Insane asylums in Bengal annual reports 1867-1875 - 1867-1875
Year: 1867
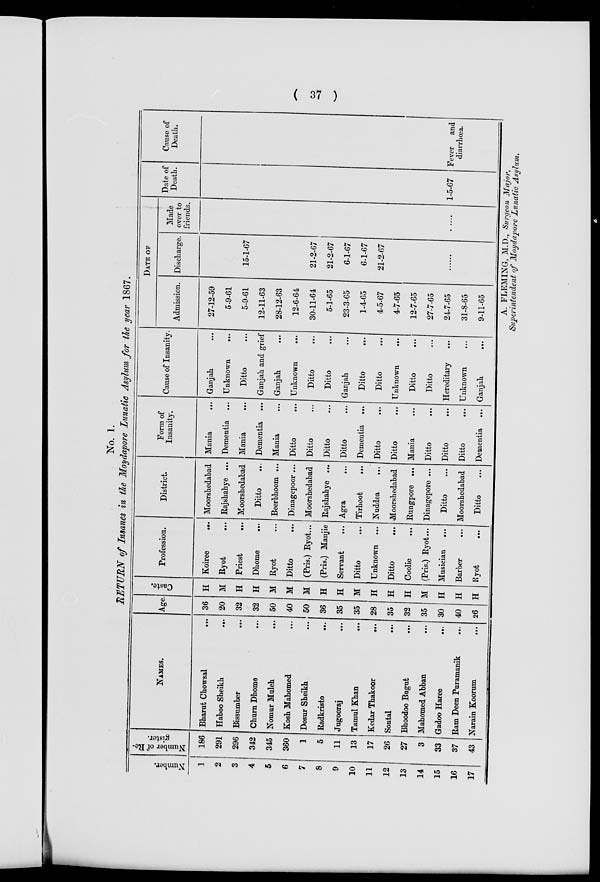
37
No. 1.
RETURN of Insanes in the Moydapore Lunatic Asylum for the year 1867.
Number.
1
2
3
4
5
6
7
8
9
10
11
12
13
14
15
16
17
Number of Re-
gister.
186
291
296
342
345
360
1
5
11
13
17
26
27
3
33
37
43
NAMES.
Bharut Chowsal
...
Haboo Sheikh
...
Bissumber
...
Churn Dhome
...
Nomur Muleh
...
Kosh Mahomed
...
Dosur Sheikh...
Radkristo
...
Jugooraj
...
Tamul Khan
...
Kedar Thakoor
...
Sontal
...
Bhoodoo Bugut
...
Mahomed Abban
...
Gadoo Haree
...
Ram Deen Puramanik
...
Narain Koorum
...
Age.
36
20
32
32
50
40
50
36
35
35
28
35
32
35
30
40
26
Caste.
H
M
H
H
M
M
M
H
H
M
H
H
H
M
H
H
H
Profession.
Koiree
...
Ryot
...
Priest
...
Dhome
...
Ryot ...
Ditto
...
(Pris.) Ryot...
(Pris.) Manjie
Servant
...
Ditto
...
Unknown ...
Ditto
...
Coolie
...
(Pris.) Ryot...
Musician ...
Barber
...
Ryot
...
District.
Moorshedabad
Rajshahye ...
Moorshedabad
Ditto
...
Beerbhoom ...
Dinagepoor ...
Moorshedabad
Rajshahye ...
Agra ...
Tirhoot
...
Nuddea
...
Moorshedabad
Rungpore ...
Dinagepore ...
Ditto ...
Moorshedabad
Ditto
...
Form of
Insanity.
Mania
...
Dementia ...
Mania
...
Dementia ...
Mania ...
Ditto
...
Ditto ...
Ditto
...
Ditto ...
Dementia ...
Ditto
...
Ditto ...
Mania
...
Ditto
...
Ditto
...
Ditto
...
Dementia ...
Cause of Insanity.
Ganjah ...
Unknown
...
Ditto
...
Ganjah and grief
Ganjah
...
Unknown
...
Ditto ...
Ditto
...
Ganjah ...
Ditto ...
Ditto ...
Unknown
...
Ditto
...
Ditto ...
Hereditary ...
Unknown
...
Ganjah
...
DATE OF
Admission.
27-12-59
5-9-61
5-9-61
12-11-63
28-12-63
12-6-64
30-11-64
5-1-65
23-3-65
1-4-65
4-5-67
4-7-65
12-7-65
27-7-65
24-7-65
31-8-65
9-11-65
Discharge.
15-1-67
21-2-67
21-2-67
6-1-67
6-1-67
21-2-67
......
Made
over to
friends.
......
Date of
Death.
1-5-67
Cause of
Death.
Fever and
diarrhœa.
A. FLEMING, M.D., Surgeon Major,
Superintendent of Moydapore Lunatic Asylum.